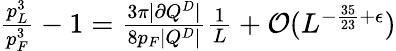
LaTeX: \begin{array}{r}{\frac{p_{L}^{3}}{p_{F}^{3}}-1=\frac{3\pi|\partial Q^{D}|}{8p_{F}|Q^{D}|}\frac{1}{L}+\mathcal{O}(L^{-\frac{35}{23}+\epsilon})}\end{array}